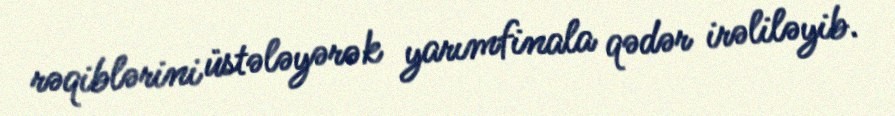
rəqiblərini üstələyərək yarımfinala qədər irəliləyib.